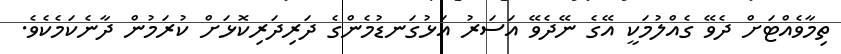
ތިމާވެއްޓަށް ދެވޭ ގެއްލުމަކީ އޭގެ ނޭދެވޭ އަސަރު އަޅުގަނޑުމެންގެ ދަރިދަރިކޮޅަށް ކުރަމުން ދާނެކަމެކެވެ.